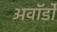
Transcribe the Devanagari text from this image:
अवॉर्डों